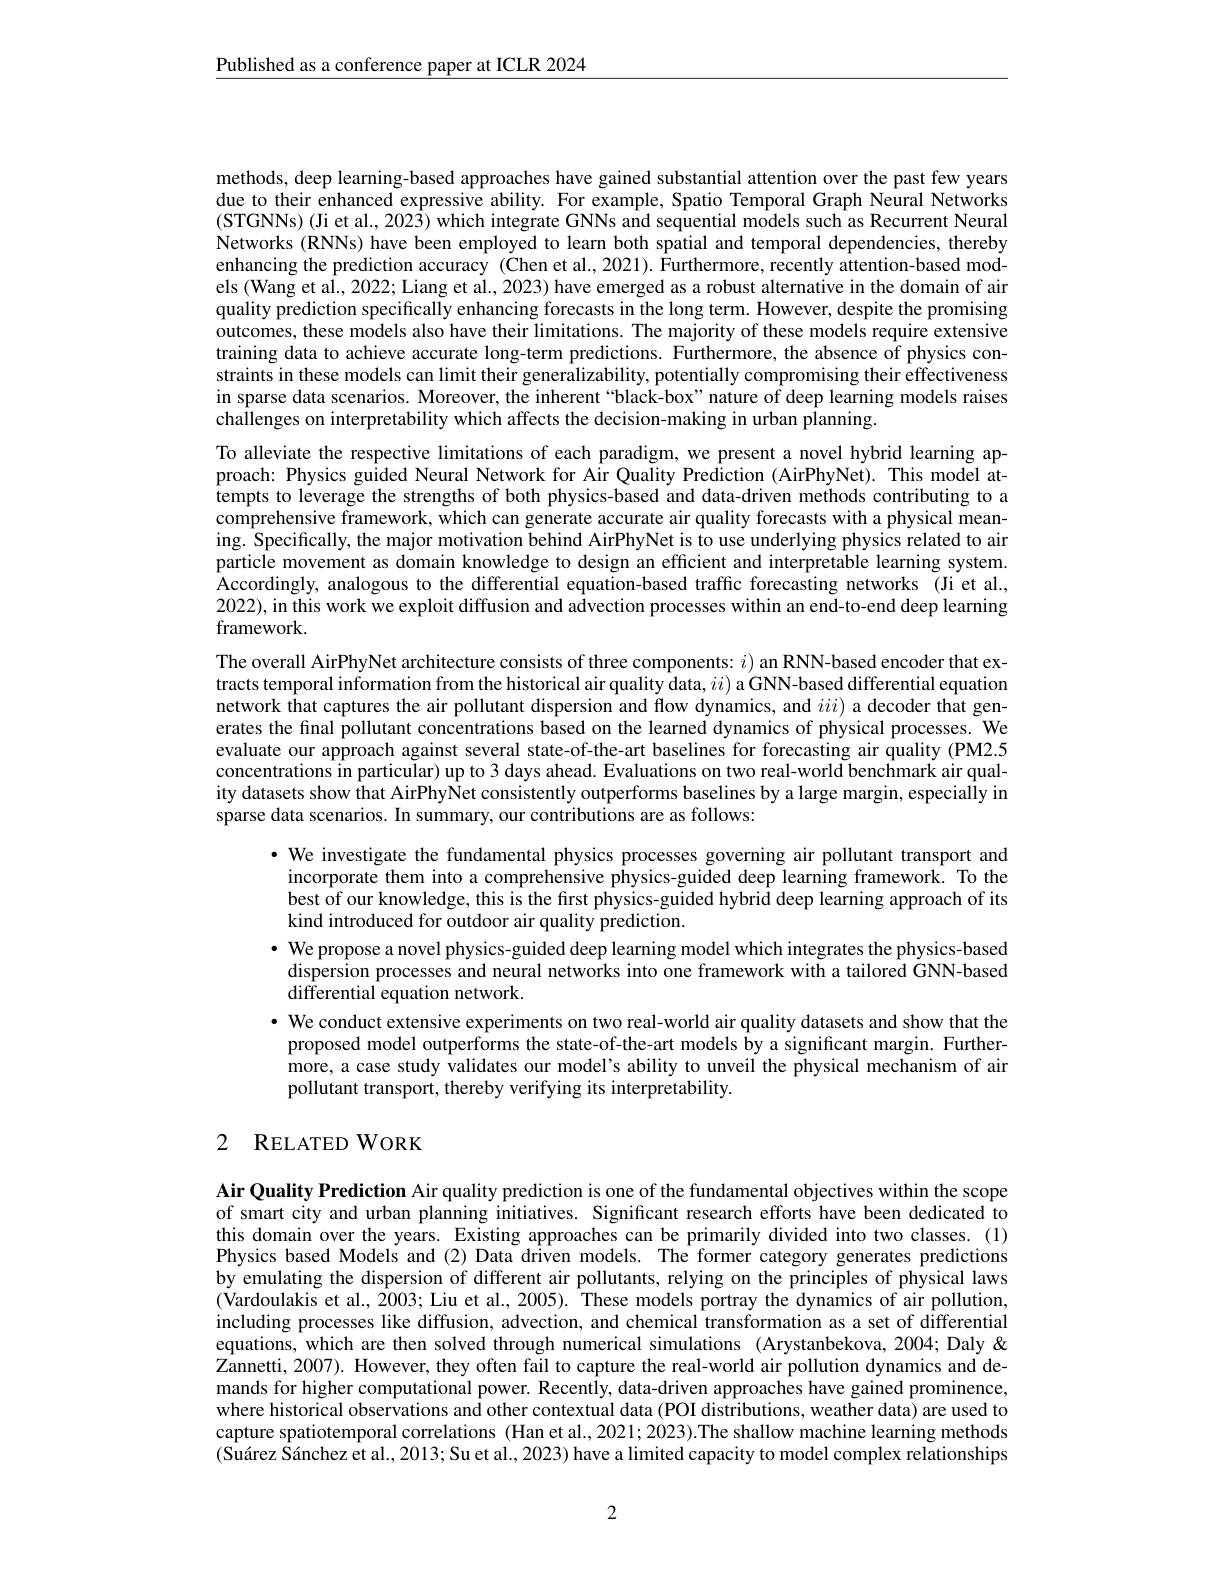
$\underline{\text{Published as a conference paper at ICLR 2024}}$

methods, deep learning-based approaches have gained substantial attention over the past few years due to their enhanced expressive ability. For example, Spatio Temporal Graph Neural Networks (STGNNs) (Ji et al., 2023) which integrate GNNs and sequential models such as Recurrent Neural Networks (RNNs) have been employed to learn both spatial and temporal dependencies, thereby enhancing the prediction accuracy (Chen et al., 2021). Furthermore, recently attention-based models (Wang et al., 2022; Liang et al., 2023) have emerged as a robust alternative in the domain of air quality prediction specifically enhancing forecasts in the long term. However, despite the promising outcomes, these models also have their limitations. The majority of these models require extensive training data to achieve accurate long-term predictions. Furthermore, the absence of physics constraints in these models can limit their generalizability, potentially compromising their effectiveness in sparse data scenarios. Moreover, the inherent“black-box”nature of deep learning models raises challenges on interpretability which affects the decision-making in urban planning.
To alleviate the respective limitations of each paradigm, we present a novel hybrid learning approach: Physics guided Neural Network for Air Quality Prediction (AirPhyNet). This model attempts to leverage the strengths of both physics-based and data-driven methods contributing to a comprehensive framework, which can generate accurate air quality forecasts with a physical meaning. Specifically, the major motivation behind AirPhyNet is to use underlying physics related to air particle movement as domain knowledge to design an efficient and interpretable learning system. Accordingly, analogous to the differential equation-based traffic forecasting networks (Ji et al., 2022), in this work we exploit diffusion and advection processes within an end-to-end deep learning framework.
The overall AirPhyNet architecture consists of three components: $i)$ an RNN-based encoder that extracts temporal information from the historical air quality data, $ii)$ a GNN-based differential equation network that captures the air pollutant dispersion and flow dynamics, and $iii)$ a decoder that generates the final pollutant concentrations based on the learned dynamics of physical processes. We evaluate our approach against several state-of-the-art baselines for forecasting air quality (PM2.5 concentrations in particular) up to 3 days ahead. Evaluations on two real-world benchmark air quality datasets show that AirPhyNet consistently outperforms baselines by a large margin, especially in sparse data scenarios. In summary, our contributions are as follows:
· We investigate the fundamental physics processes governing air pollutant transport and
incorporate them into a comprehensive physics-guided deep learning framework. To the best of our knowledge, this is the first physics-guided hybrid deep learning approach of its kind introduced for outdoor air quality prediction.
· We propose a novel physics-guided deep learning model which integrates the physics-based
dispersion processes and neural networks into one framework with a tailored GNN-based
$\tilde{\mathrm{differential~equation~network.}}$
· We conduct extensive experiments on two real-world air quality datasets and show that the proposed model outperforms the state-of-the-art models by a significant margin. Furthermore, a case study validates our model's ability to unveil the physical mechanism of air pollutant transport, thereby verifying its interpretability.

## 2 RELATEDWORK

Air Quality Prediction Air quality prediction is one of the fundamental objectives within the scope of smart city and urban planning initiatives. Significant research efforts have been dedicated to this domain over the years. Existing approaches can be primarily divided into two classes. (1) Physics based Models and (2) Data driven models. The former category generates predictions by emulating the dispersion of different air pollutants, relying on the principles of physical laws (Vardoulakis et al., 2003; Liu et al, 2005). These models portray the dynamics of air pollution, including processes like diffusion, advection, and chemical transformation as a set of differential equations, which are then solved through numerical simulations (Arystanbekova,2004; Daly& Zannetti, 2007). However, they often fail to capture the real-world air pollution dynamics and demands for higher computational power. Recently, data-driven approaches have gained prominence, where historical observations and other contextual data (POI distributions, weather data) are used to capture spatiotemporal correlations (Han et al., 2021; 2023).The shallow machine learning methods $(\hat{\text{Suárez Sánchez et al.,2013; Su et al., 2023) have a limited capacity to model complex relationships}}$

2